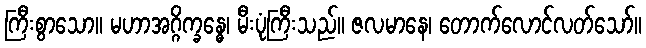
ကြီးစွာသော။ မဟာအဂ္ဂိက္ခန္ဓေ၊ မီးပုံကြီးသည်။ ဇလမာနေ၊ တောက်လောင်လတ်သော်။